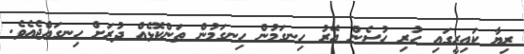
ރިޔާ ކައިރީގައި ހުރި ހުސެން އޭރު ހިނގަމުން ހިނގަމުން ތަންކޮޅެއް ދުރަށް ހިނގައްޖެއެވެ.